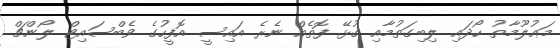
މަޢުލޫމާތު ހޯދައި ލިބިގަތުމާއި ގުޅޭ ފޮތެއް ނެރެ އައިސީ އޮފީހުގެ ވެބްސައިޓް ލޯންޗް